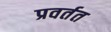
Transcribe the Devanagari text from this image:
प्रवर्तत